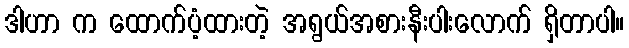
ဒါဟာ က ထောက်ပံ့ထားတဲ့ အရွယ်အစားနီးပါးလောက် ရှိတာပါ။